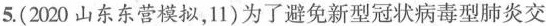
5.(2020山东东营模拟，11)为了避免新型冠状病毒型肺炎交